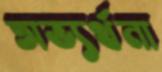
অভ্যর্থনা